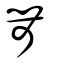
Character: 丵